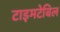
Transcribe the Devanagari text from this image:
टाइमटेबिल